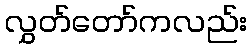
လွှတ်တော်ကလည်း